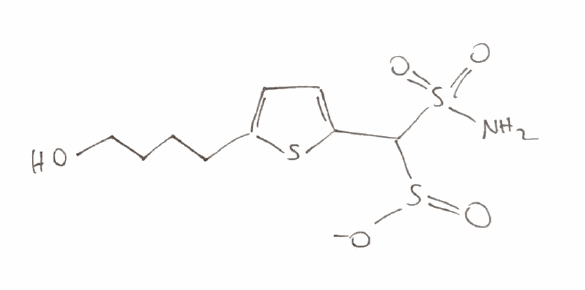
Simplified molecular-input line-entry system (SMILES) notation of the given molecule:
C1=C(SC(=C1)C(S(=O)[O-])S(=O)(=O)N)CCCCO